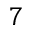
7